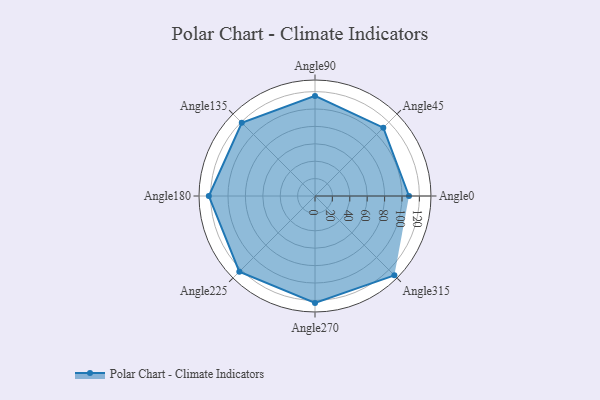
{"axis": {"x": "Angle", "y": "Radius"}, "legend": [""], "data": [{"x": "Angle0", "y": 108.0, "type": ""}, {"x": "Angle45", "y": 111.0, "type": ""}, {"x": "Angle90", "y": 115.0, "type": ""}, {"x": "Angle135", "y": 119.0, "type": ""}, {"x": "Angle180", "y": 122.0, "type": ""}, {"x": "Angle225", "y": 123.0, "type": ""}, {"x": "Angle270", "y": 123.0, "type": ""}, {"x": "Angle315", "y": 129.0, "type": ""}]}